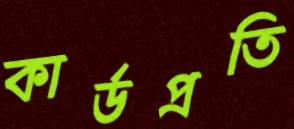
কার্ডপ্রতি